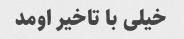
خیلی با تاخیر اومد